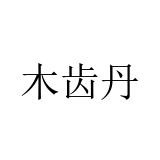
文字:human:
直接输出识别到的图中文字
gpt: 木齿丹